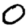
Digit: 0